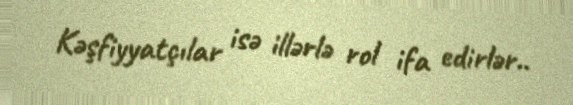
Kəşfiyyatçılar isə illərlə rol ifa edirlər..